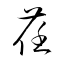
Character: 荏